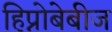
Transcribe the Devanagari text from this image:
हिप्नोबेबीज